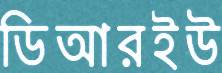
ডিআরইউ